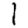
Digit: 1